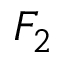
F _ { 2 }